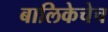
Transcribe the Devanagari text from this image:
बालिकेचेच